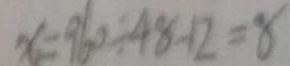
x = 9 6 0 \div 4 8 - 1 2 = 8